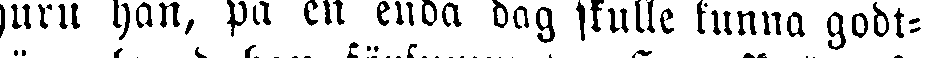
huru han, på en enda dag skulle kunna godt-